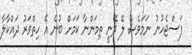
ފަސްޖެހުނު ނަމަވެސް ލޭ ދޭނީ ތިމަންނާ ކަމަށް ބުނެ އެ ހިތްވަރު ދައްކާލާ